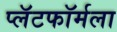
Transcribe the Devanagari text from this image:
प्लॅटफॉर्मला